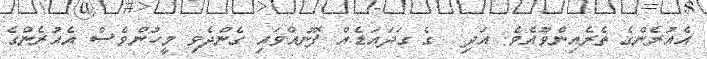
އެއުރެންގެ ތެރެއިންވޫއެވެ. އަދި  ގެ ގަދައަޑެއް ފޮނުއްވައި ގެންދެވި މީހުންވެސް އެއުރެންގެ